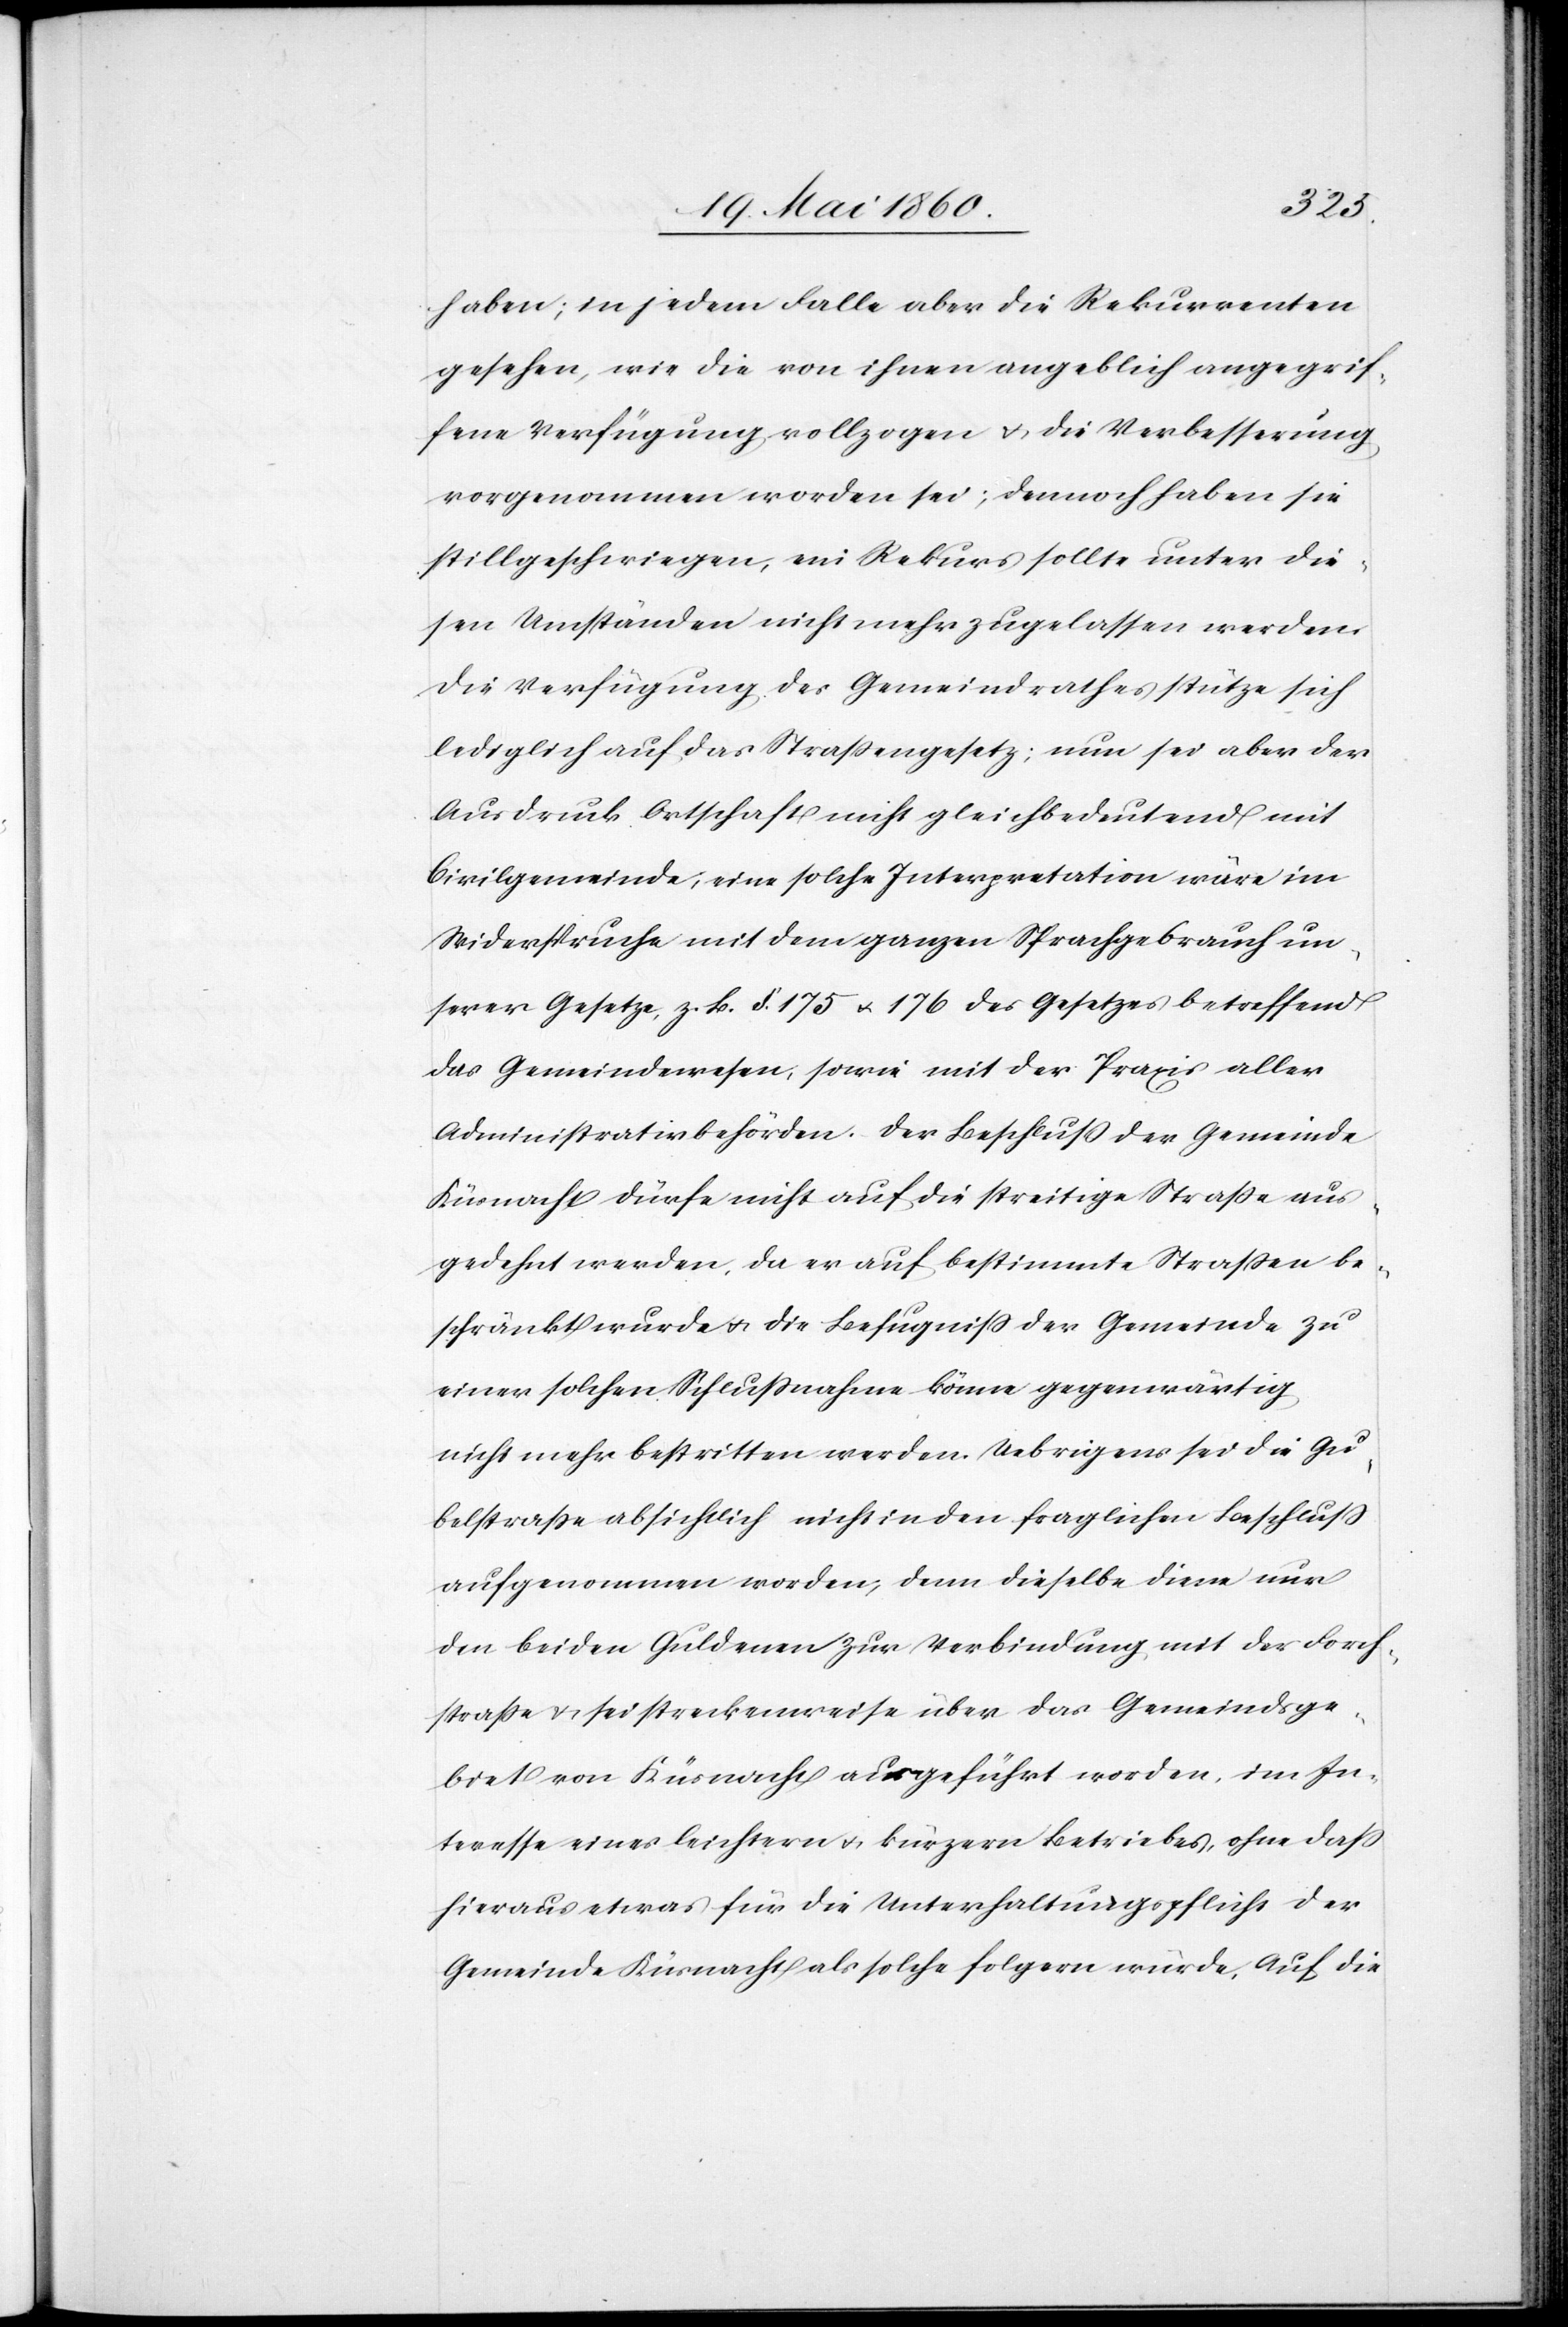
haben; in jedem Falle aber die Rekurrenten
gesehen, wie die von ihnen angeblich angegrif¬
fene Verfügung vollzogen u. die Verbesserung
vorgenommen worden sei; dennoch haben sie
stillgeschwiegen, ein Rekurs sollte unter die¬
sen Umständen nicht mehr zugelassen werden.
Die Verfügung des Gemeindrathes stütze sich
lediglich auf das Strassengesetz; nun sei aber der
Ausdruck Ortschaft nicht gleichbedeutend mit
Civilgemeinde, eine solche Interpretation wäre im
Widerspruche mit dem ganzen Sprachgebrauch un¬
serer Gesetze, z. B. §. 175 u. 176 des Gesetzes betreffend
das Gemeindewesen, sowie mit der Praxis aller
Administrativbehörde. Der Beschluss der Gemeinde
Küsnacht dürfe nicht auf die streitige Strasse aus¬
gedehnt werden, da er auf bestimmte Strassen be¬
schränkt wurde u. die Befugniss der Gemeinde zu
einer solchen Schlussnahme könne gegenwärtig
nicht mehr bestritten werden. Uebrigens sei die Gu¬
belstrasse absichtlich nicht in den fraglichen Beschluss
aufgenommen worden, denn dieselbe diene nur
den beiden Guldenen zur Verbindung mit der Forch¬
strasse u. sei streckenweise über das Gemeindsge¬
biet von Küsnacht ausgeführt worden, im In¬
teresse eines leichtern u. kürzern Betriebes, ohne dass
hieraus etwas für die Unterhaltungspflicht der
Gemeinde Küsnacht als solche folgern würde. Auf die